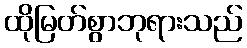
ထိုမြတ်စွာဘုရားသည်